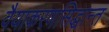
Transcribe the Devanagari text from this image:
वैयाकरणसिद्धान्त